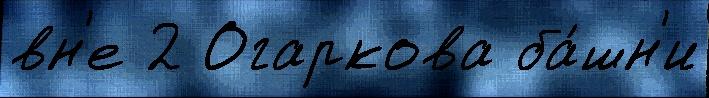
вн'е 2 Огаркова ба́шн'и